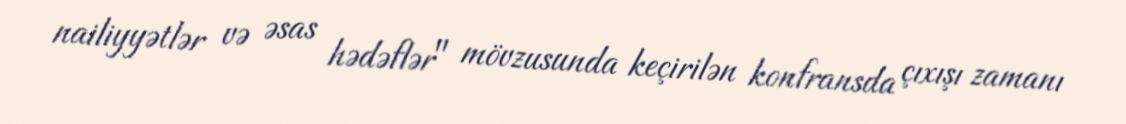
nailiyyətlər və əsas hədəflər" mövzusunda keçirilən konfransda çıxışı zamanı